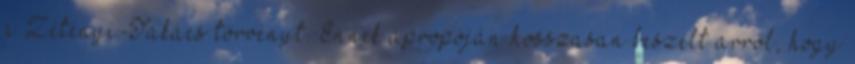
a Zétényi-Takács törvényt. Ennek apropóján hosszasan beszélt arról, hogy